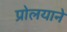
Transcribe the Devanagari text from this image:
प्रोलयाने